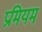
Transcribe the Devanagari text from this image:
प्रमियम